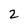
Character: 2